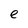
Character: e